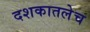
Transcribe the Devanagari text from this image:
दशकातलेच